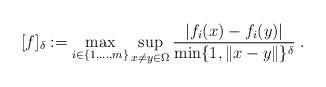
LaTeX: \begin{align*}[f]_{\delta}:=\max_{i \in \{1,\ldots,m\}}\sup_{x \not = y\in\Omega}\frac{|f_i(x)-f_i(y)|}{\min\{1, \|x-y\|\}^{\delta}}\;.\end{align*}